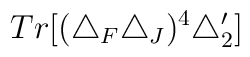
Tr[(\triangle_F\triangle_J)^4\triangle_2']